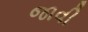
જાવી